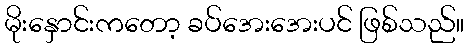
မိုးနှောင်းကတော့ ခပ်အေးအေးပင် ဖြစ်သည်။